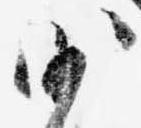
沙